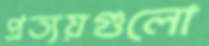
প্রত্যয়গুলো